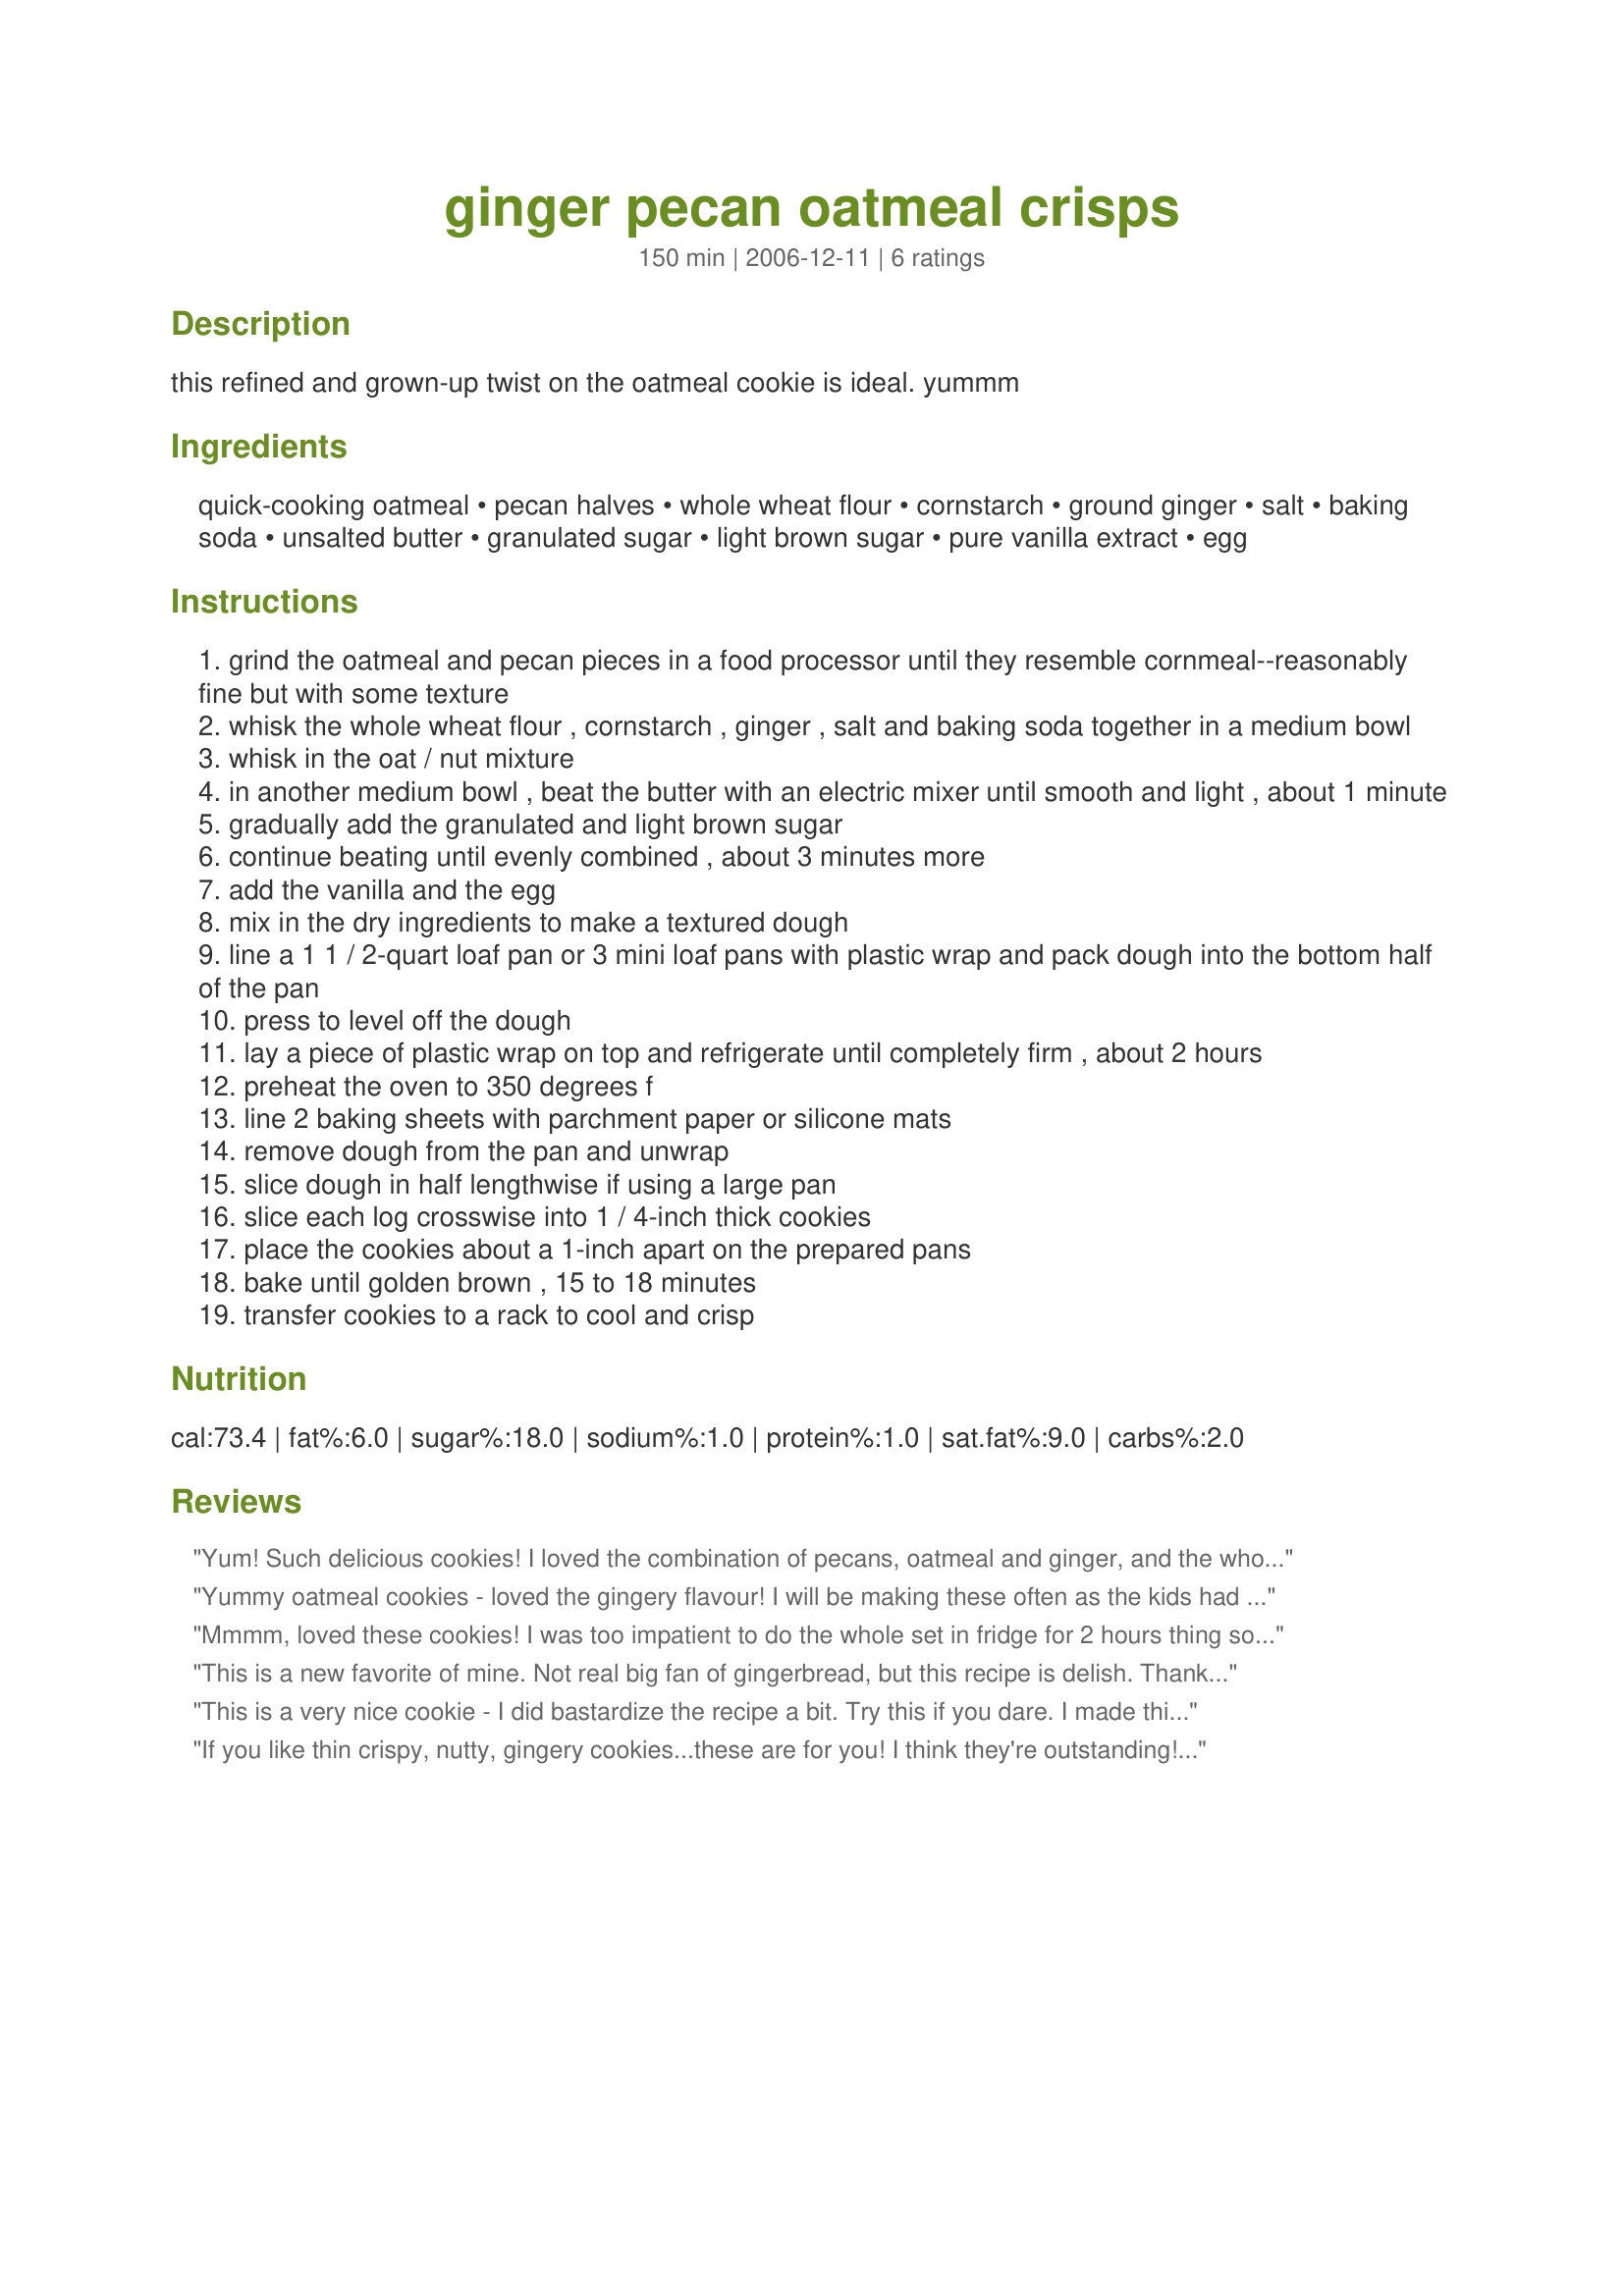
ginger pecan oatmeal crisps
Preparation time: 150 minutes

this refined and grown-up twist on the oatmeal cookie is ideal. yummm

Ingredients:
quick-cooking oatmeal, pecan halves, whole wheat flour, cornstarch, ground ginger, salt, baking soda, unsalted butter, granulated sugar, light brown sugar, pure vanilla extract, egg

Steps:
grind the oatmeal and pecan pieces in a food processor until they resemble cornmeal--reasonably fine but with some texture
whisk the whole wheat flour , cornstarch , ginger , salt and baking soda together in a medium bowl
whisk in the oat / nut mixture
in another medium bowl , beat the butter with an electric mixer until smooth and light , about 1 minute
gradually add the granulated and light brown sugar
continue beating until evenly combined , about 3 minutes more
add the vanilla and the egg
mix in the dry ingredients to make a textured dough
line a 1 1 / 2-quart loaf pan or 3 mini loaf pans with plastic wrap and pack dough into the bottom half of the pan
press to level off the dough
lay a piece of plastic wrap on top and refrigerate until completely firm , about 2 hours
preheat the oven to 350 degrees f
line 2 baking sheets with parchment paper or silicone mats
remove dough from the pan and unwrap
slice dough in half lengthwise if using a large pan
slice each log crosswise into 1 / 4-inch thick cookies
place the cookies about a 1-inch apart on the prepared pans
bake until golden brown , 15 to 18 minutes
transfer cookies to a rack to cool and crisp

Reviews:
Yum! Such delicious cookies! I loved the combination of pecans, oatmeal and ginger, and the whole wheat flour adds a nuttiness to the flavour profile as well. This recipe is definately in my keeper file! Thanks, Annacia! Made for Zaar Stars Tag.
Yummy oatmeal cookies - loved the gingery flavour! I will be making these often as the kids had them finished off in 2 days (oh, and the neighbour's kids loved them, too).
Mmmm, loved these cookies! I was too impatient to do the whole set in fridge for 2 hours thing so I just rolled in walnut sized balls and flattened with the palm of my hand. If you like a crispy cookie you'll love these (great for dunking in a cup of tea :) )If slightly under baked you'll end up with a chewy centre (the way my kids like em)Thanks for sharing...it's a keeper!
This is a new favorite of mine. Not real big fan of gingerbread, but this recipe is delish. Thanks for sharing. ~V
This is a very nice cookie - I did bastardize the recipe a bit. 
Try this if you dare.
I made this to recipe, except:
Doubled (I may triple or quad next time) the amount of ginger. (still not ginger-snapish).
Add 1/2 C. crystallized Ginger chopped.
1/2 semi-sweet Choc Chips
1/2 teaspoon coarse ground black pepper (yes pepper)
Used toasted slivered almonds instead of pecans. 
I cooked immediately after mixing - no chilling - just roll into walnut sized balls and press down dough with the back of a spatula. Cook 10-11 minutes for chew - 12-14 for crispier.
If you like thin crispy, nutty, gingery cookies...these are for you! I think they're outstanding! I usually don't make cookies I have to refrigerate in logs and cut but this wasn't so hard to push into a saran wrapped loaf pan. They don't turn out with perfect shapes but good enough...rectangular. I will be making these again, thanks for the keeper recipe Annacia! Made for 1-2-3 hit wonders.
